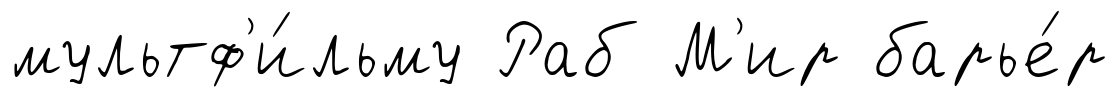
мультф'и́льму Раб М'ир барье́р